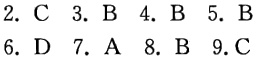
2. C 3. B 4. B 5. B

6. D 7. A 8. B 9.C